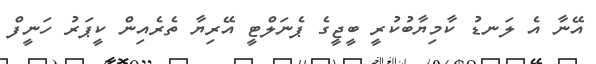
އޭނާ އެ ލަނޑު ކާމިޔާބުކުރީ ބީޖީގެ ޕެނަލްޓީ އޭރިޔާ ތެރެއިން ކީޕަރު ހަނީފް